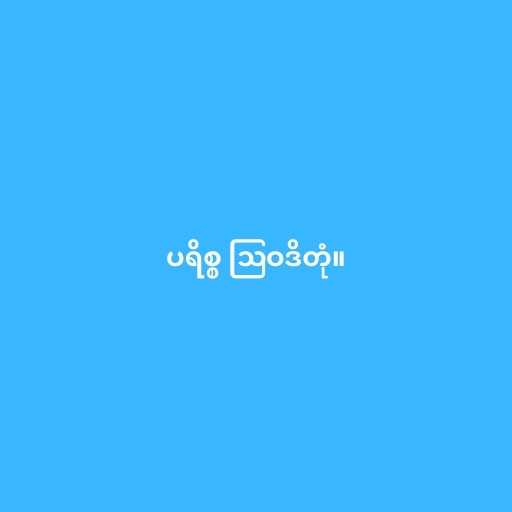
ပရိစ္စ ဩဝဒိတုံ။